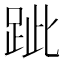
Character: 跐